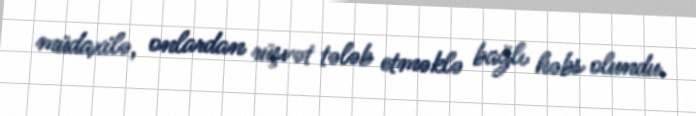
müdaxilə, onlardan rüşvət tələb etməklə bağlı həbs olundu.